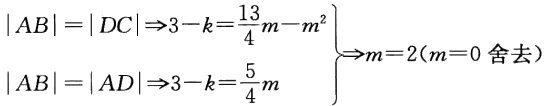
\(\left.\begin{array}{l}
|AB| = |DC|\Rightarrow3 - k=\frac{13}{4}m - m^{2}\\
|AB| = |AD|\Rightarrow3 - k=\frac{5}{4}m
\end{array}\right\}\Rightarrow m = 2(m = 0\text{ 舍去})\)